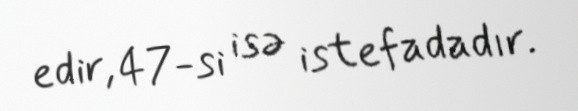
edir, 47-si isə istefadadır.